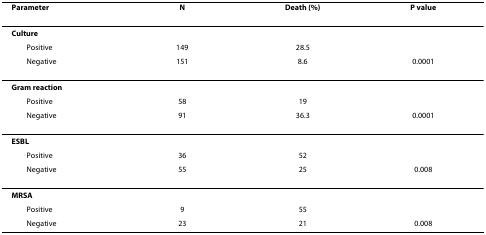
| Parameter | N | Death (%) | P value |
 | --- | --- | --- | --- |
 | Culture |  |  |  |
 | Positive | 149 | 28.5 |  |
 | Negative | 151 | 8.6 | 0.0001 |
 | Gram reaction |  |  |  |
 | Positive | 58 | 19 |  |
 | Negative | 91 | 36.3 | 0.0001 |
 | ESBL |  |  |  |
 | Positive | 36 | 52 |  |
 | Negative | 55 | 25 | 0.008 |
 | MRSA |  |  |  |
 | Positive | 9 | 55 |  |
 | Negative | 23 | 21 | 0.008 |